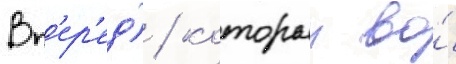
Вп'ер'ед) / которыи во́